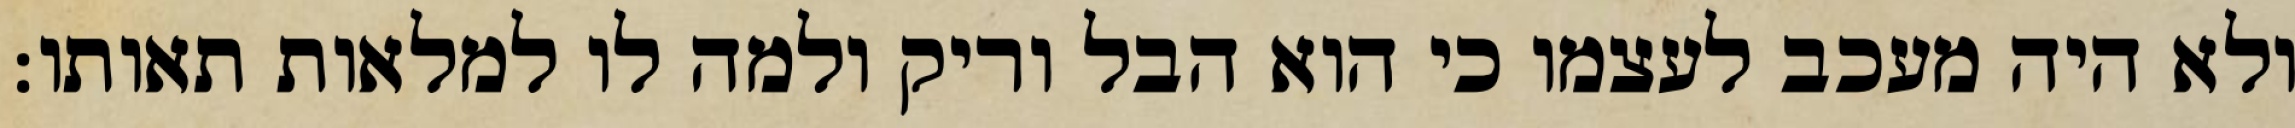
ולא היה מעכב לעצמו כי הוא הבל וריק ולמה לו למלאות תאותו: